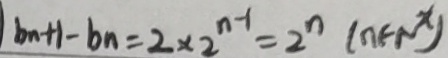
( b _ { n + 1 } - b _ { n } = 2 \times 2 ^ { n - 1 } = 2 ^ { n } ( n \in N ^ { x } )